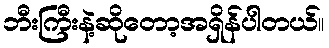
ဘီးကြီးနဲ့ဆိုတော့အရှိန်ပါတယ်။